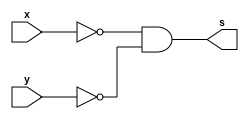
// Guia 02 - Capitulo 3
// Nome: Karen Alves Pereira
// Data: 17/02/2011
//---------------------------------------
//-- Construindo a tabela verdade
//-- da porta NOR atraves de portas NAND.
//----------------------------------------

 module nornand (s, x, y);    //-- definindo a saida e as entradas
 output s;                    //-- saida
 input x,y;                   //-- entradas
 wire tem1, tem2, tem3;             //-- "declarando variavel para receber valores"
 
 assign tem1 = ~(x & x);         //-- operacao para obter o valor de x negado utilizando porta NAND
 assign tem2 = ~(y & y);         //-- operacao para obter o valor de y negado utilizando porta NAND
 assign tem3 = ~(tem1 & tem2);   //-- operacao para obter o valor de y nand x 
 assign s = ~(tem3 & tem3);      //-- operacao para obter a tabela verdade da porta NOR atraves da porta NAND

 endmodule              //-- fim modulo nornand
 
 //---------------------------------------
 //-- Teste nornand
 //---------------------------------------
 
 module testnornand;      //-- criando modulo para teste
 reg x, y;                //-- valores definidos (registradores)
 wire s;                  //-- valor alternado de acordo com a operacao
 
 nornand NORN1(s,x,y);      //-- nomeando a porta
 
 initial begin
 		$display("Guia 02 - Karen Alves Pereira - 407451");
		$display("Tabela-verdade da porta NOR construida atraves de portas NAND.");
		$display("Teste NORNAND.");
		$display("\n~(x & y) = s\n");        // -- imprimindo na tela
		$monitor("  ~(%b & %b) = %b ", x, y, s);
		x=0; y=0;            //-- fornecendo valores
 #1   x=0; y=1;
 #1   x=1; y=0;
 #1   x=1; y=1;
 end                 //-- fim begin
 
 endmodule         //-- fim modulo testnornand